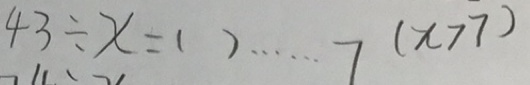
4 3 \div x = ( ) \cdots 7 ( x > 7 )